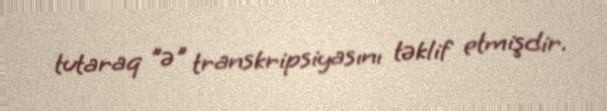
tutaraq "ə" transkripsiyasını təklif etmişdir.